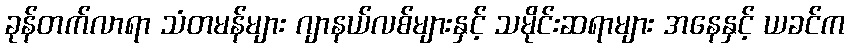
ခုန်တက်လာရာ သံတမန်များ ဂျာနယ်လစ်များနှင့် သမိုင်းဆရာများ အနေနှင့် ယခင်က